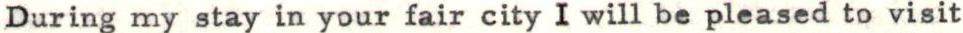
During my stay in your fair city I will be pleased to visit